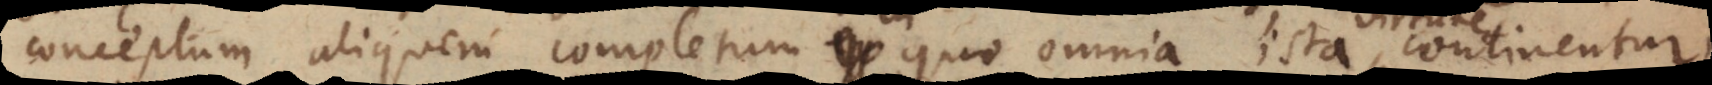
conceptum aliquem completum ex quo omnia ista, continentur,